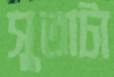
সুতাটা